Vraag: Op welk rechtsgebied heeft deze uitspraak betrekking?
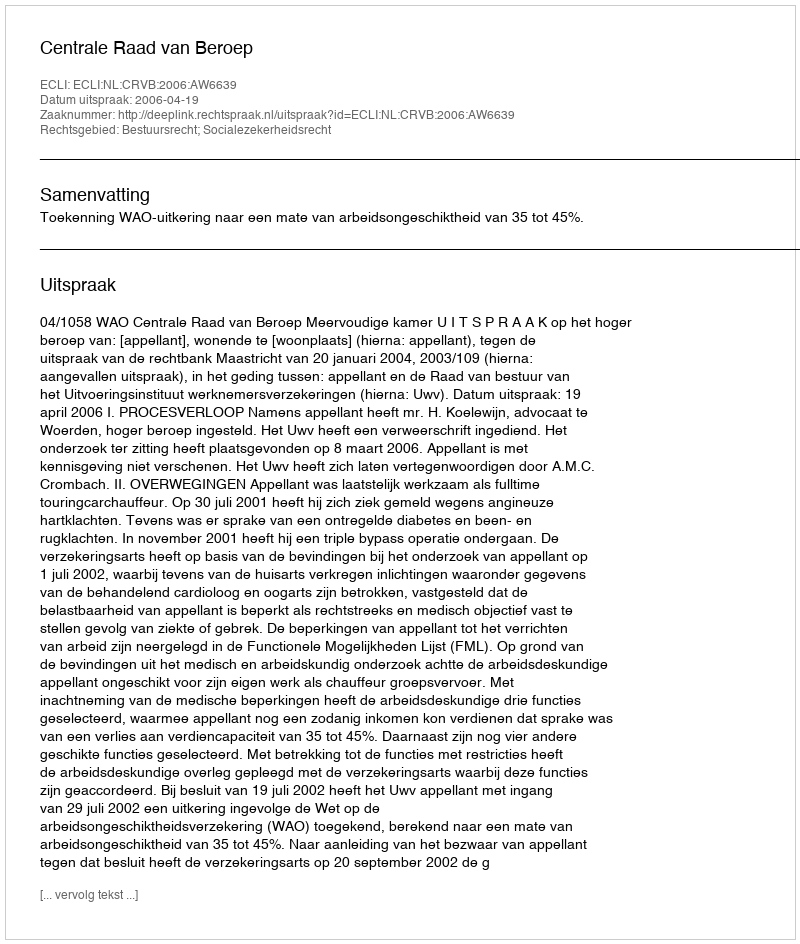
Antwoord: Bestuursrecht; Socialezekerheidsrecht